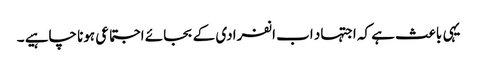
یہی باعث ہے کہ اجتہاد اب انفرادی کے بجائے اجتماعی ہونا چاہیے ۔